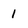
Character: 1